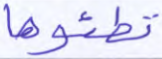
تطئوها